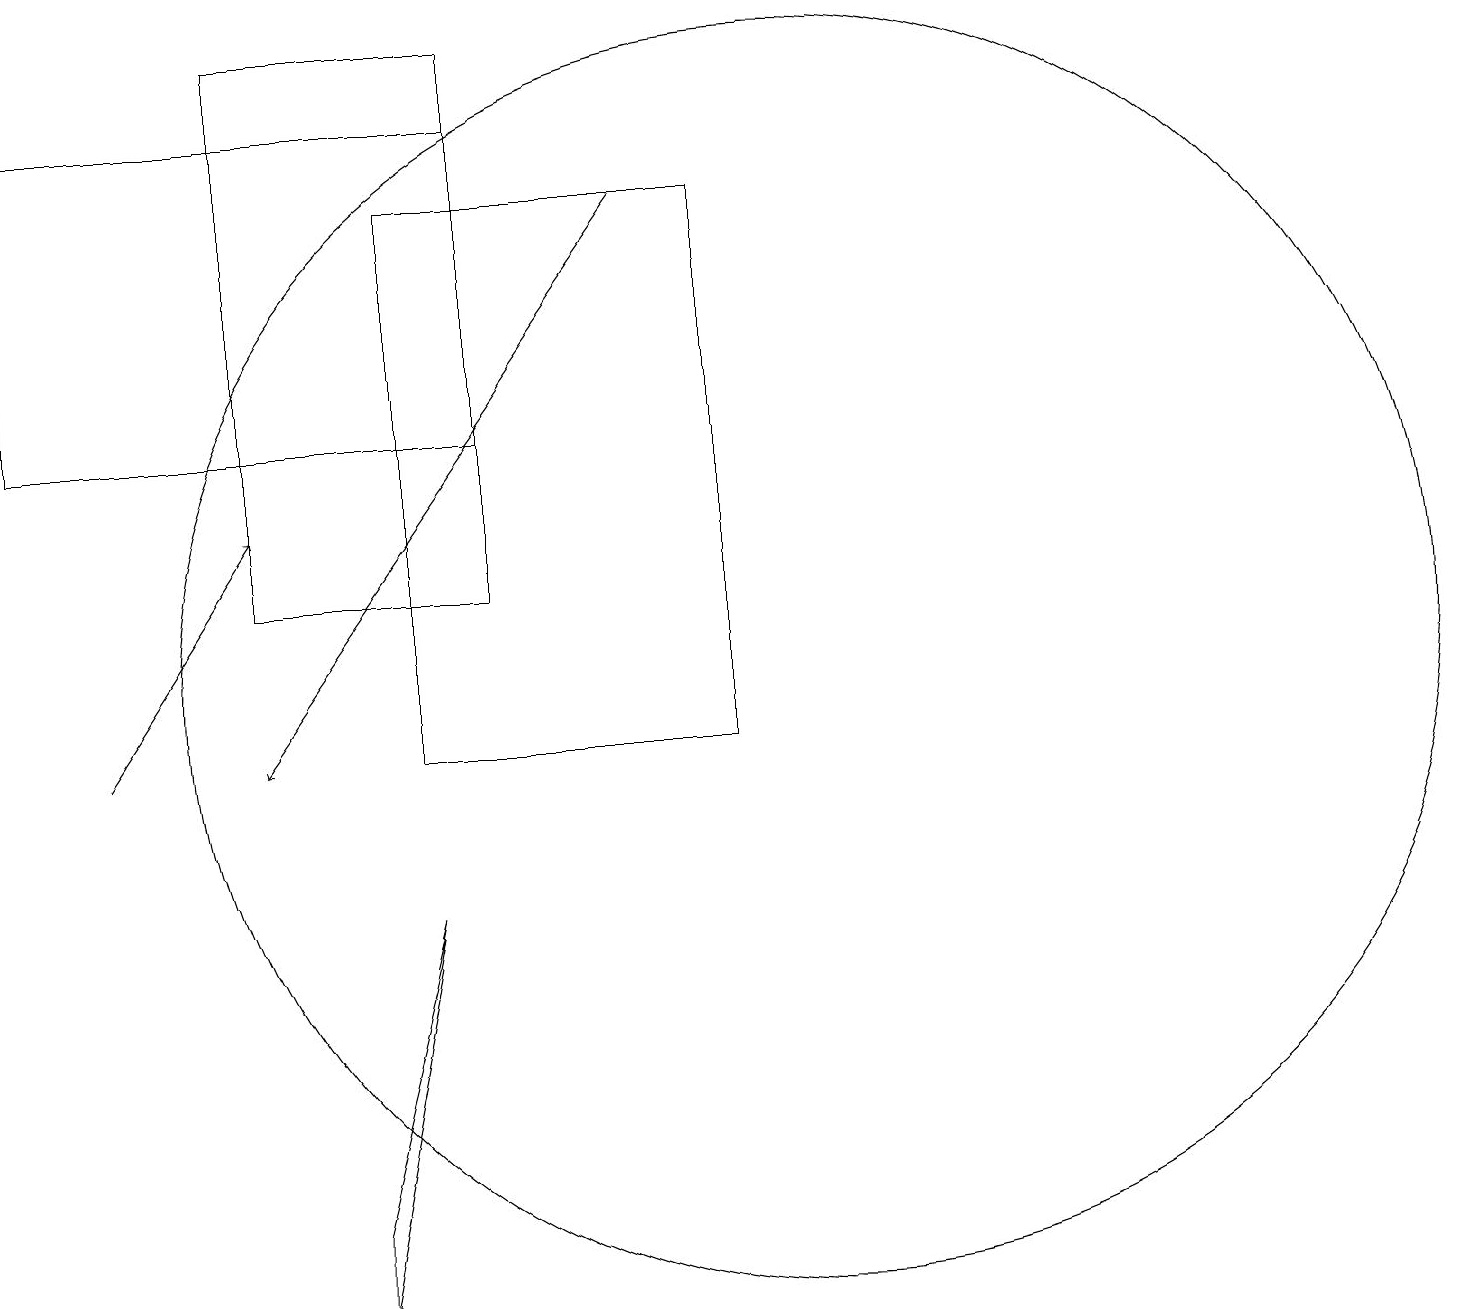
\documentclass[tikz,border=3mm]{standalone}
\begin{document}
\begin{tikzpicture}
\draw (10,11) circle (8);
\draw[->] (1,10) -- (3,13);
\draw (5,8) -- (4,4) -- (4,3) -- cycle;
\draw (0,14) rectangle (6,18);
\draw (3,19) rectangle (6,12);
\draw[->] (8,17) -- (3,10);
\draw (5,10) rectangle (9,17);
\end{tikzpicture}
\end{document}